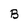
Character: B